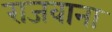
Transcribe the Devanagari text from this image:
राजवाना